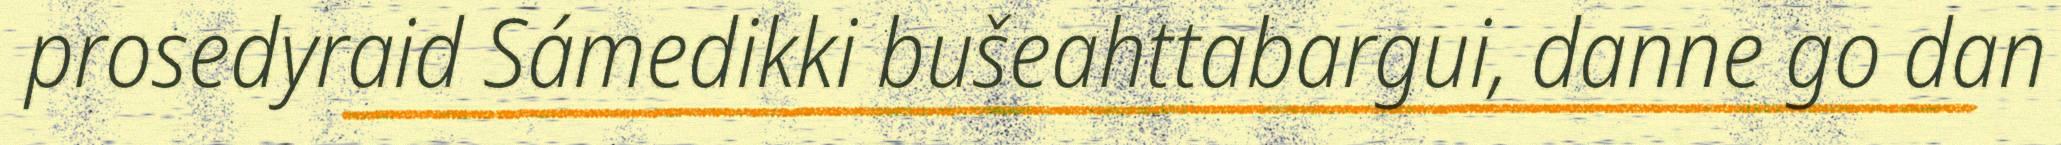
prosedyraid Sámedikki bušeahttabargui, danne go dan